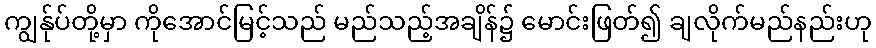
ကျွန်ုပ်တို့မှာ ကိုအောင်မြင့်သည် မည်သည့်အချိန်၌ မောင်းဖြတ်၍ ချလိုက်မည်နည်းဟု